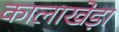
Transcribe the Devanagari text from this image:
कालाखेड़ा